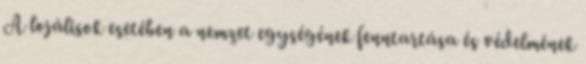
A lojálisok esetében a nemzet egységének fenntartása és védelmének